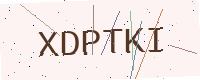
Text: XDPTKI